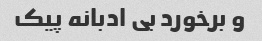
و برخورد بی ادبانه پیک